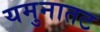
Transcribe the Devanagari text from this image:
यमुनातट